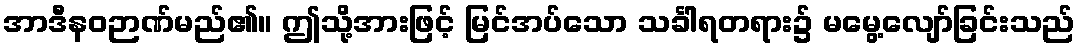
အာဒီနဝဉာဏ်မည်၏။ ဤသို့အားဖြင့် မြင်အပ်သော သင်္ခါရတရား၌ မမွေ့လျော်ခြင်းသည်